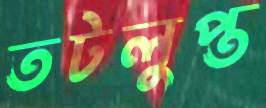
তটলুপ্ত